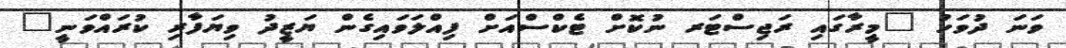
ވަނަ ދުވަހު "މީރާގައި ރަޖިސްޓަރ ނުކޮށް ޓެކްސްއަށް ފިއްލަވައިގެން ޔަޒީދު ވިޔަފާރި ކުރައްވަނީ"